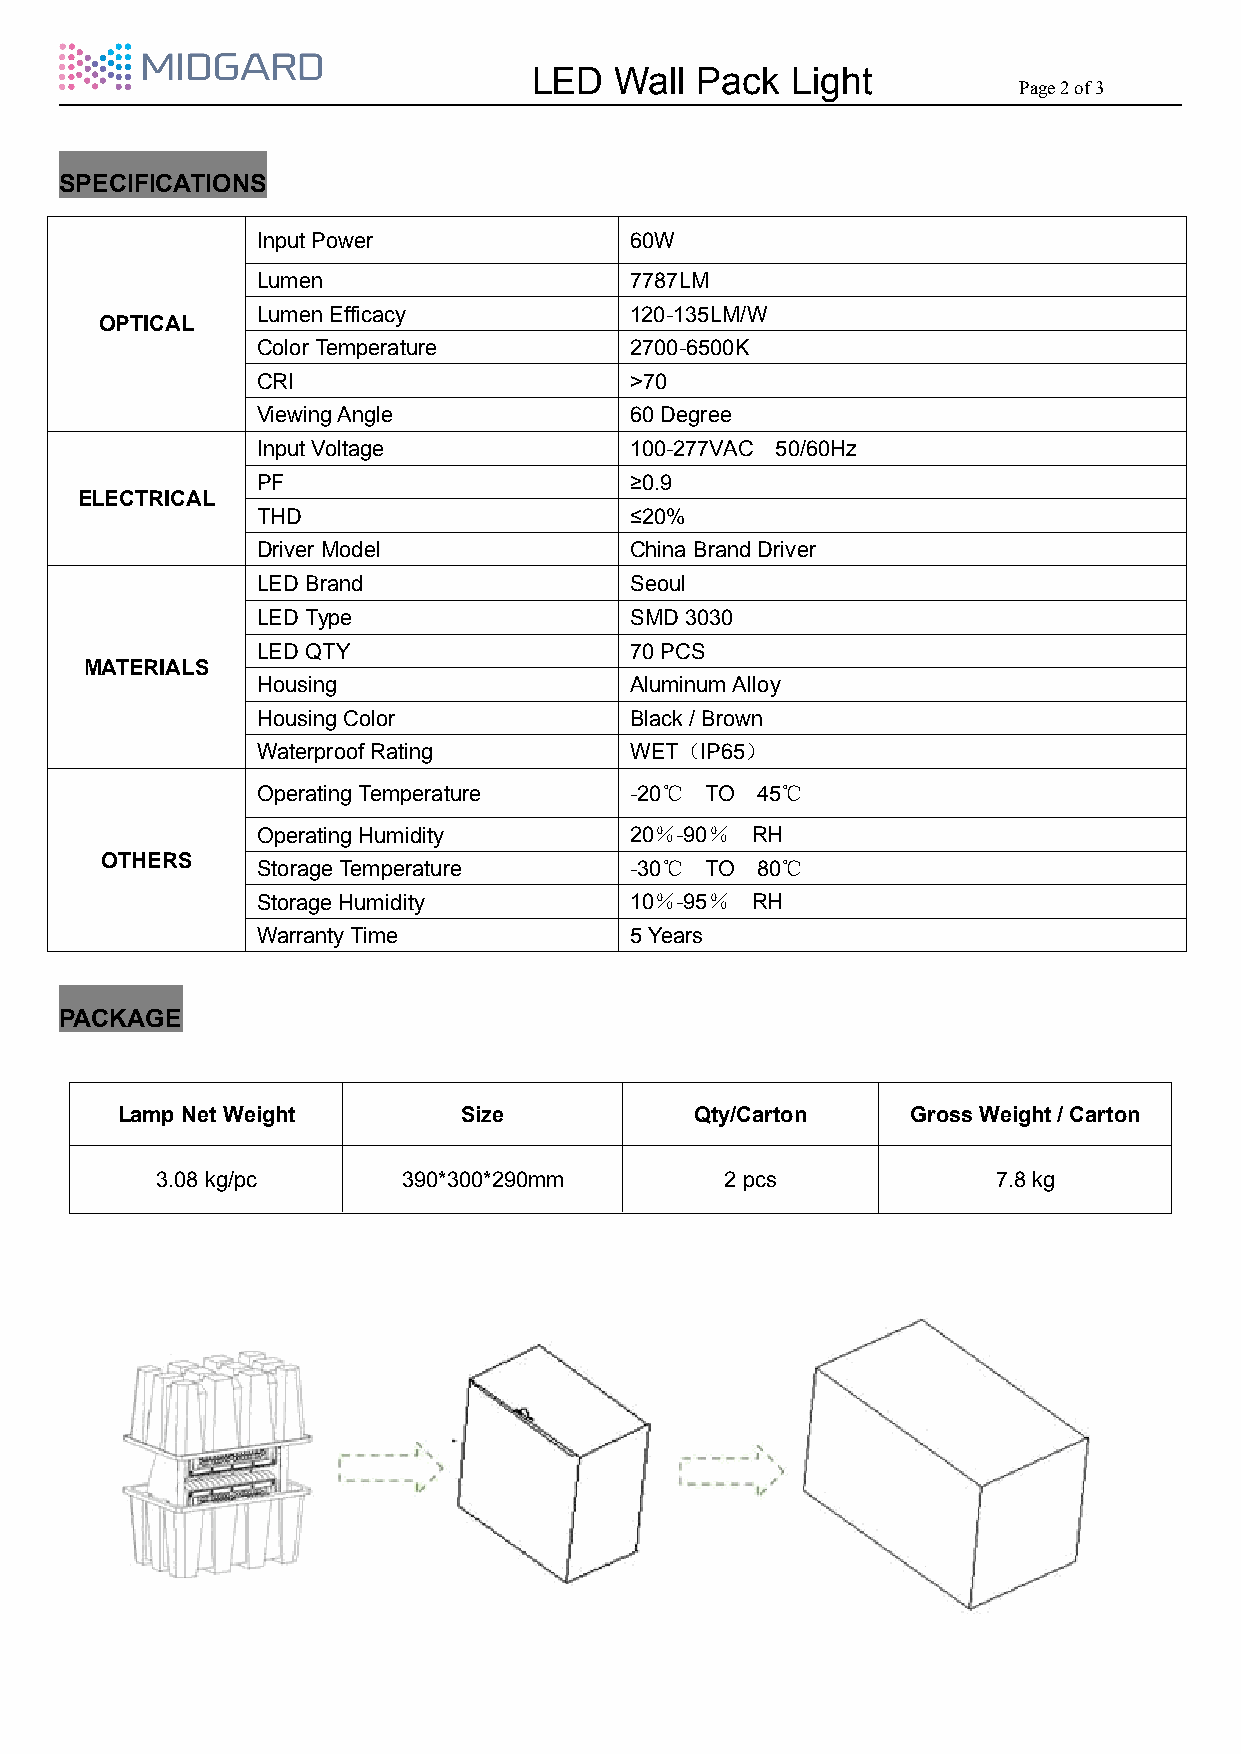
LED   Wall Pack  Light
 Page2of3
 SPECIFICATIONS
 InputPower               60W
 Lumen                    7787LM
 LumenEfficacy            120-135LM/W
 OPTICAL
 ColorTemperature         2700-6500K
 CRI                      >70
 ViewingAngle             60Degree
 InputVoltage             100-277VAC 50/60Hz
 PF                       ≥0.9
 ELECTRICAL
 THD                      ≤20%
 Driver Model             China BrandDriver
 LED Brand                Seoul
 LEDType                  SMD 3030
 LED QTY                  70PCS
 MATERIALS
 Housing                  Aluminum Alloy
 HousingColor             Black/Brown
 WaterproofRating         WET（IP65）
 OperatingTemperature     -20℃ TO 45℃
 OperatingHumidity        20％-90％ RH
 OTHERS    StorageTemperature       -30℃ TO 80℃
 StorageHumidity          10％-95％ RH
 WarrantyTime             5Years
 PACKAGE
 LampNet Weight        Size            Qty/Carton    GrossWeight /Carton
 3.08 kg/pc       390*300*290mm        2pcs              7.8kg